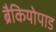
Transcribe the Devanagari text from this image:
ब्रैकियोपाड